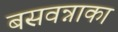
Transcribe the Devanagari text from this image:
बसवन्नाका